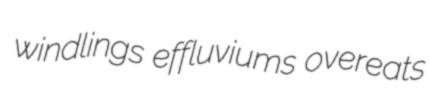
windlings effluviums overeats